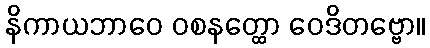
နိကာယဘာဝေ ဝစနတ္ထော ဝေဒိတဗ္ဗော။